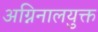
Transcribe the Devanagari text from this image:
अग्निनालयुक्त